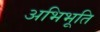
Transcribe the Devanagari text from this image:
अभिभूति